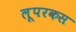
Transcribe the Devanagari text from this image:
लूपरकस